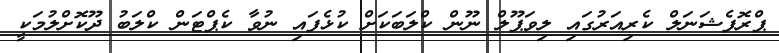
ޕްރޮފެޝަނަލް ކެރިއަރުގައި ލިވަޕޫލް ނޫން ކްލަބަކަށް ކުޅެފައި ނުވާ ކެޕްޓަން ކްލަބު ދޫކޮށްލުމަކީ